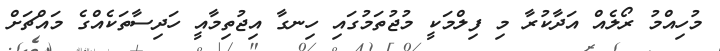
މުހިއްމު ރޯލެއް އަދާކުރާ މި ފިލްމަކީ މުޖުތަމުގައި ހިނގާ އިޖުތިމާއީ ހަދިސާތަކެއްގެ މައްޗަށް